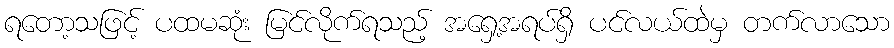
ရတော့သဖြင့် ပထမဆုံး မြင်လိုက်ရသည့် အရှေ့အရပ်ရှိ ပင်လယ်ထဲမှ တက်လာသော